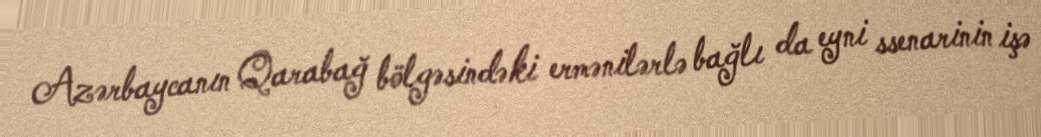
Azərbaycanın Qarabağ bölgəsindəki ermənilərlə bağlı da eyni ssenarinin işə